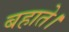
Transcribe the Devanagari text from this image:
बहाते।